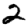
Digit: 2